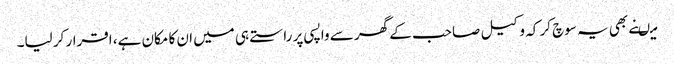
میںنے بھی یہ سوچ کر کہ وکیل صاحب کے گھر سے واپسی پر راستے ہی میں ان کا مکان ہے، اقرار کر لیا۔